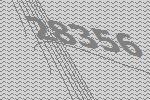
28356